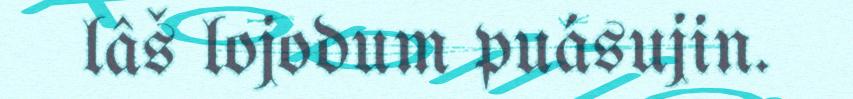
lâš lojodum puásujin.